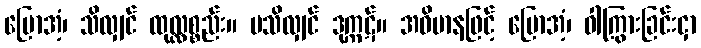
ပြောအံ့၊ သိလျှင် ထုလ္လစ္စည်း။ မသိလျှင် ဒုက္ကဋ်။ အဓိမာနဖြင့် ပြောအံ့၊ ဝါကြွားခြင်းငှာ